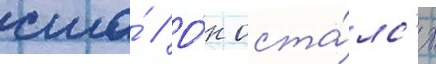
сша́ // О́н оста́лс'я